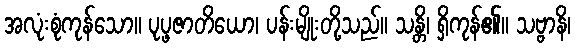
အလုံးစုံကုန်သော။ ပုပ္ဖဇာတိယော၊ ပန်းမျိုးတို့သည်။ သန္တိ၊ ရှိကုန်၏။ သဗ္ဗာနိ၊